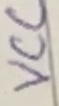
Text: VCC